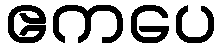
ဧကပေ